Vaccination in Bombay 1913-1923 - 1913-1923
Year: 1913
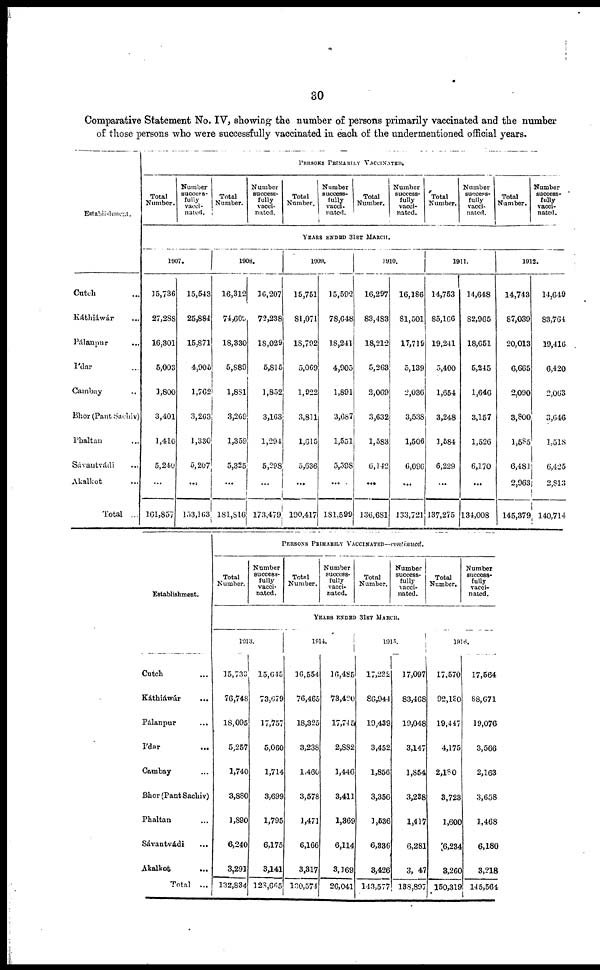
30
Comparative Statement No. IV, showing the number of persons primarily vaccinated and the number
of those persons who were successfully vaccinated in each of the undermentioned official years.
Establishment.
Cutch ...
Káthiáwár ...
Pálanpur ...
I'dar ...
Cambay ...
Bhor (Pant Sachiv)
Phaltan ...
Sávantvádi ...
Akalkot ...
Total ...
PERSONS PRIMARILY VACCINATED.
Total
Number.
Number
success-
fully
vacci-
nated.
Total
Number.
Number
success-
fully
vacci-
nated.
Total
Number.
Number
success-
fully
vacci-
nated.
Total
Number.
Number
success-
fully
vacci-
nated.
Total
Number.
Number
success-
fully
vacci-
nated.
Total
Number.
Number
success-
fully
vacci-
nated.
YEARS ENDED 31ST MARCH.
1907.
15,736
27,288
16,301
5,003
1,800
3,401
1,410
5,240
...
161,857
15,543
25,884
15,871
4,905
1,762
3,263
1,330
5,207
...
153,163
1908.
16,312
74,609
18,330
5,889
1,881
3,269
1,359
5,325
...
181,816
16,207
72,238
18,029
5,815
1,852
3,163
1,294
5,298
...
173,479
1909.
15,751
81,071
18,792
5,069
1,922
3,811
1,615
5,636
...
190,417
15,592
78,648
18,241
4,905
1,891
3,687
1,551
5,598
...
181,599
1910.
16,297
83,483
18,212
5,263
2,069
3,632
1,583
6,142
...
136,681
16,186
81,501
17,719
5,139
2,036
3,538
1,506
6,096
...
133,721
1911.
14,753
85,166
19,241
5,400
1,654
3,248
1,584
6,229
...
137,275
14,648
82,965
18,651
5,245
1,646
3,157
1,526
6,170
...
134,008
1912.
14,743
87,039
20,013
6,665
2,090
3,800
1,585
6,481
2,963
145,379
14,649
83,764
19,416
6,420
2,063
3,646
1,518
6,425
2,813
140,714
Establishment.
Cutch ...
Káthiáwár ...
Pálanpur ...
I'dar ...
Cambay ...
Bhor(Pant Sachiv)
Phaltan ...
Sávantvádi ...
Akalkot
...
Total ...
PERSONS PRIMARILY VACCINATED—continued.
Total
Number.
Number
success-
fully
vacci-
nated.
Total
Number.
Number
success-
fully
vacci-
nated.
Total
Number.
Number
success-
fully
vacci-
nated.
Total
Number.
Number
success-
fully
vacci-
nated.
YEARS ENDED 31ST MARCH.
1913.
15,733
76,748
18,095
5,257
1,740
3,880
1,890
6,240
3,291
132,834
15,645
73,679
17,757
5,060
1,714
3,699
1,795
6,175
3,141
128,665
1914.
16,554
76,465
18,325
3,238
1,460
3,578
1,471
6,166
3,317
130,574
16,485
73,420
17,745
2,882
1,446
3,411
1,369
6,114
3,169
26,041
1915.
17,232
86,944
19,439
3,452
1,856
3,356
1,536
6,336
3,426
143,577
17,097
83,468
19,048
3,147
1,854
3,238
1,417
6,281
3,047
138,897
1916.
17,570
92,130
19,447
4,175
2,180
3,723
1,600
6,234
3,260
150,319
17,564
88,671
19,076
3,566
2,163
3,658
1,468
6,180
3,218
145,564